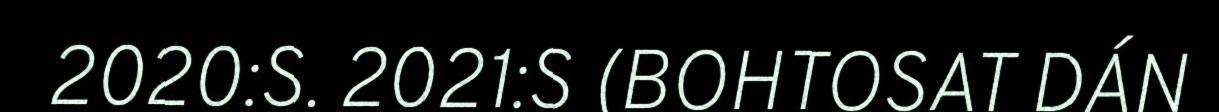
2020:S. 2021:S (BOHTOSAT DÁN